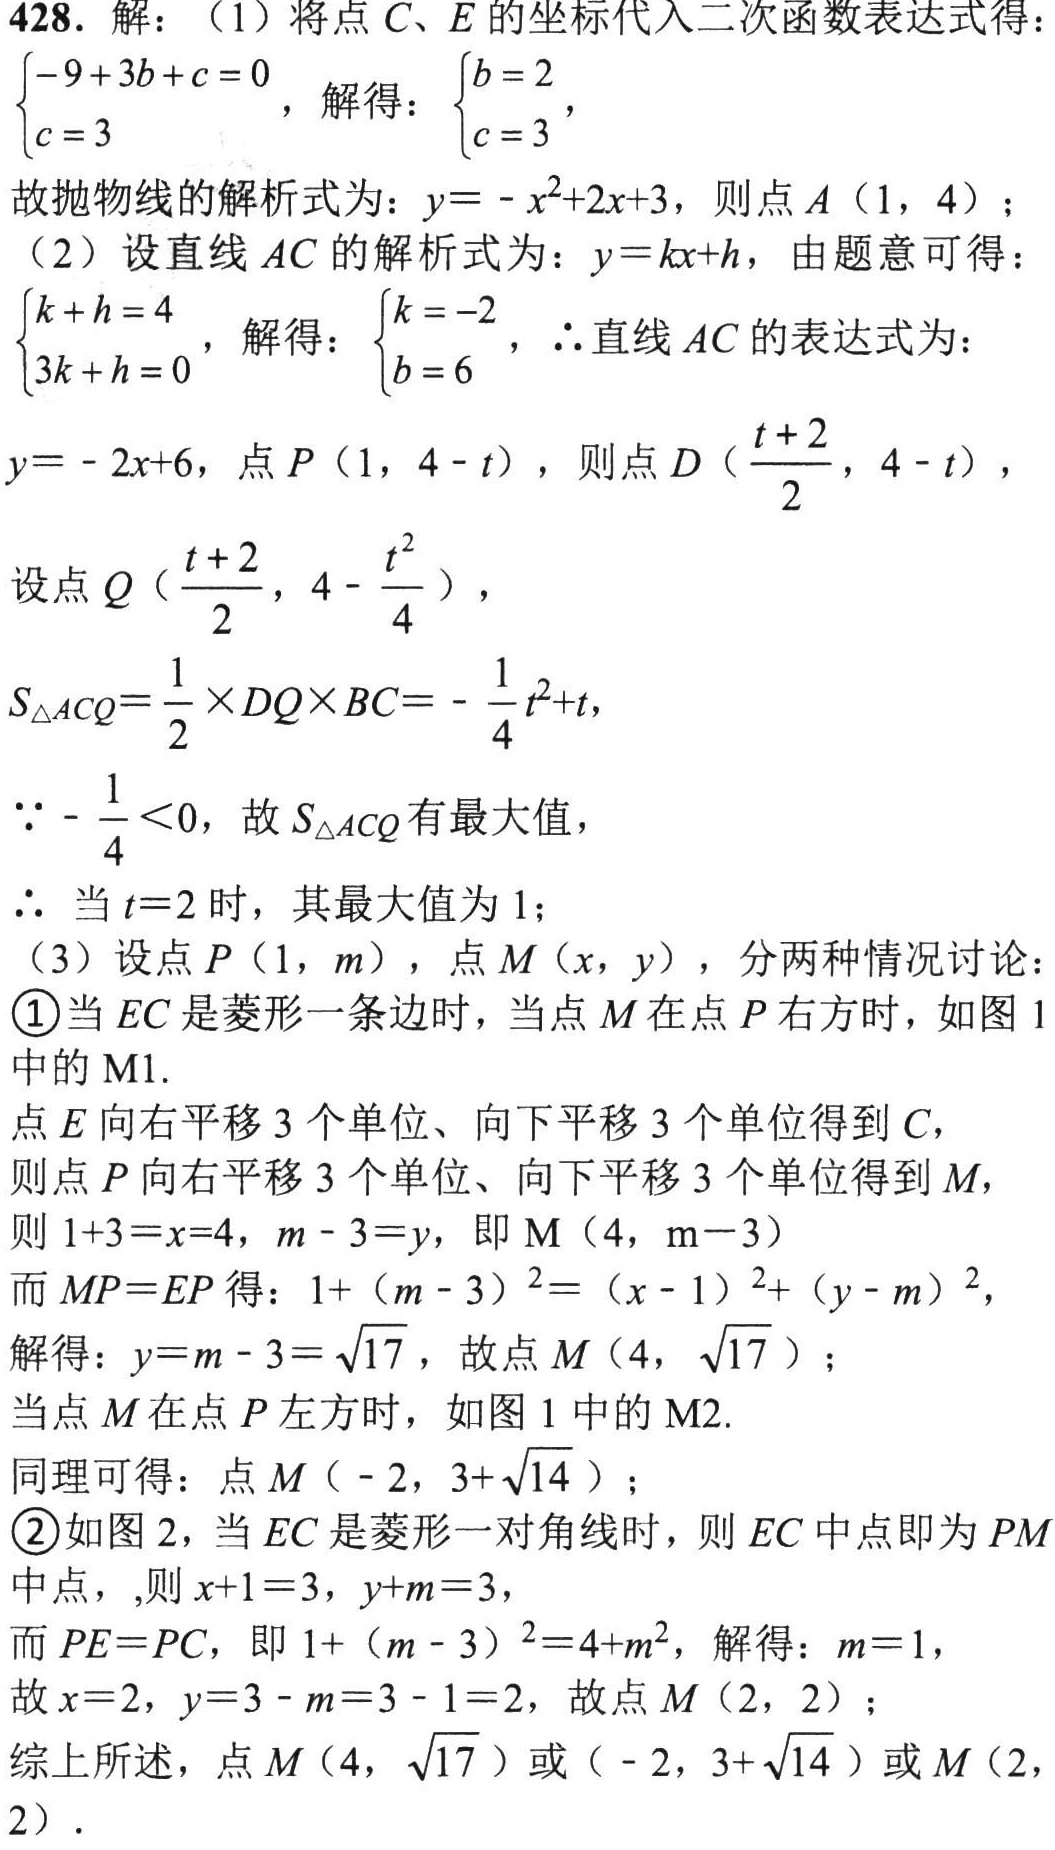
428. 解：（1）将点\(C、E\)的坐标代入二次函数表达式得：
\(\begin{cases}-9 + 3b + c = 0\\c = 3\end{cases}\)，解得：\(\begin{cases}b = 2\\c = 3\end{cases}\)，
故抛物线的解析式为：\(y=-x^{2}+2x + 3\)，则点\(A(1,4)\)；
（2）设直线\(AC\)的解析式为：\(y = kx + h\)，由题意可得：
\(\begin{cases}k + h = 4\\3k + h = 0\end{cases}\)，解得：\(\begin{cases}k = -2\\b = 6\end{cases}\)，\(\therefore\)直线\(AC\)的表达式为：
\(y=-2x + 6\)，点\(P(1,4 - t)\)，则点\(D(\frac{t + 2}{2},4 - t)\)，
设点\(Q(\frac{t + 2}{2},4-\frac{t^{2}}{4})\)，
\(S_{\triangle ACQ}=\frac{1}{2}\times DQ\times BC=-\frac{1}{4}t^{2}+t\)，
\(\because-\frac{1}{4}<0\)，故\(S_{\triangle ACQ}\)有最大值，
\(\therefore\) 当\(t = 2\)时，其最大值为\(1\)；
（3）设点\(P(1,m)\)，点\(M(x,y)\)，分两种情况讨论：
\textcircled{1}当\(EC\)是菱形一条边时，当点\(M\)在点\(P\)右方时，如图1中的\(M1\).
点\(E\)向右平移\(3\)个单位、向下平移\(3\)个单位得到\(C\)，
则点\(P\)向右平移\(3\)个单位、向下平移\(3\)个单位得到\(M\)，
则\(1 + 3=x = 4\)，\(m - 3=y\)，即\(M(4,m - 3)\)
而\(MP = EP\)得：\(1+(m - 3)^{2}=(x - 1)^{2}+(y - m)^{2}\)，
解得：\(y = m - 3=\sqrt{17}\)，故点\(M(4,\sqrt{17})\)；
当点\(M\)在点\(P\)左方时，如图1中的\(M2\).
同理可得：点\(M(-2,3+\sqrt{14})\)；
\textcircled{2}如图2，当\(EC\)是菱形一对角线时，则\(EC\)中点即为\(PM\)中点，,则\(x + 1 = 3\)，\(y + m = 3\)，
而\(PE = PC\)，即\(1+(m - 3)^{2}=4+m^{2}\)，解得：\(m = 1\)，
故\(x = 2\)，\(y = 3 - m = 3 - 1 = 2\)，故点\(M(2,2)\)；
综上所述，点\(M(4,\sqrt{17})\)或\((-2,3+\sqrt{14})\)或\(M(2,2)\)．